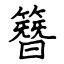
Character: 簪